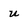
Character: u